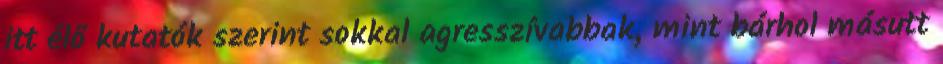
itt élő kutatók szerint sokkal agresszívabbak, mint bárhol másutt